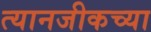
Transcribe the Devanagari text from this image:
त्यानजीकच्या